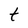
Character: t